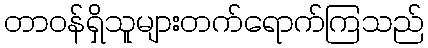
တာဝန်ရှိသူများတက်ရောက်ကြသည်